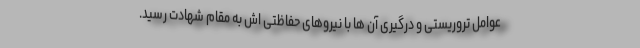
عوامل تروریستی و درگیری آن ها با نیروهای حفاظتی اش به مقام شهادت رسید.